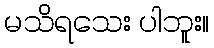
မသိရသေး ပါဘူး။